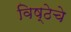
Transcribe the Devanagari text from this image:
विष्ठेचे